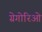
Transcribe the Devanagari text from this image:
ग्रेगोरिओ